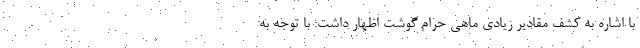
با اشاره به کشف مقادیر زیادی ماهی حرام گوشت اظهار داشت: با توجه به